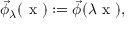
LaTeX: \vec { \phi } _ { \lambda } ( \textrm { x } ) : = \vec { \phi } ( \lambda \textrm { x } ) ,